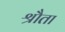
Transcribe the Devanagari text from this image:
श्रौता